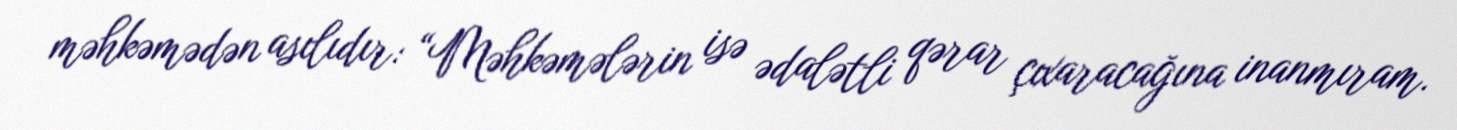
məhkəmədən asılıdır: “Məhkəmələrin isə ədalətli qərar çıxaracağına inanmıram.